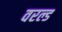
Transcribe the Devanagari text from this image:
वरल्ड